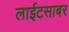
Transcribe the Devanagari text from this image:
लाईटसाबर